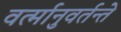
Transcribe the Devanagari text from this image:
वर्त्मानुवर्तन्ते